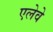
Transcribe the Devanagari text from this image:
एलेवे